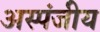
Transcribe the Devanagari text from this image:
अस्पंजीय